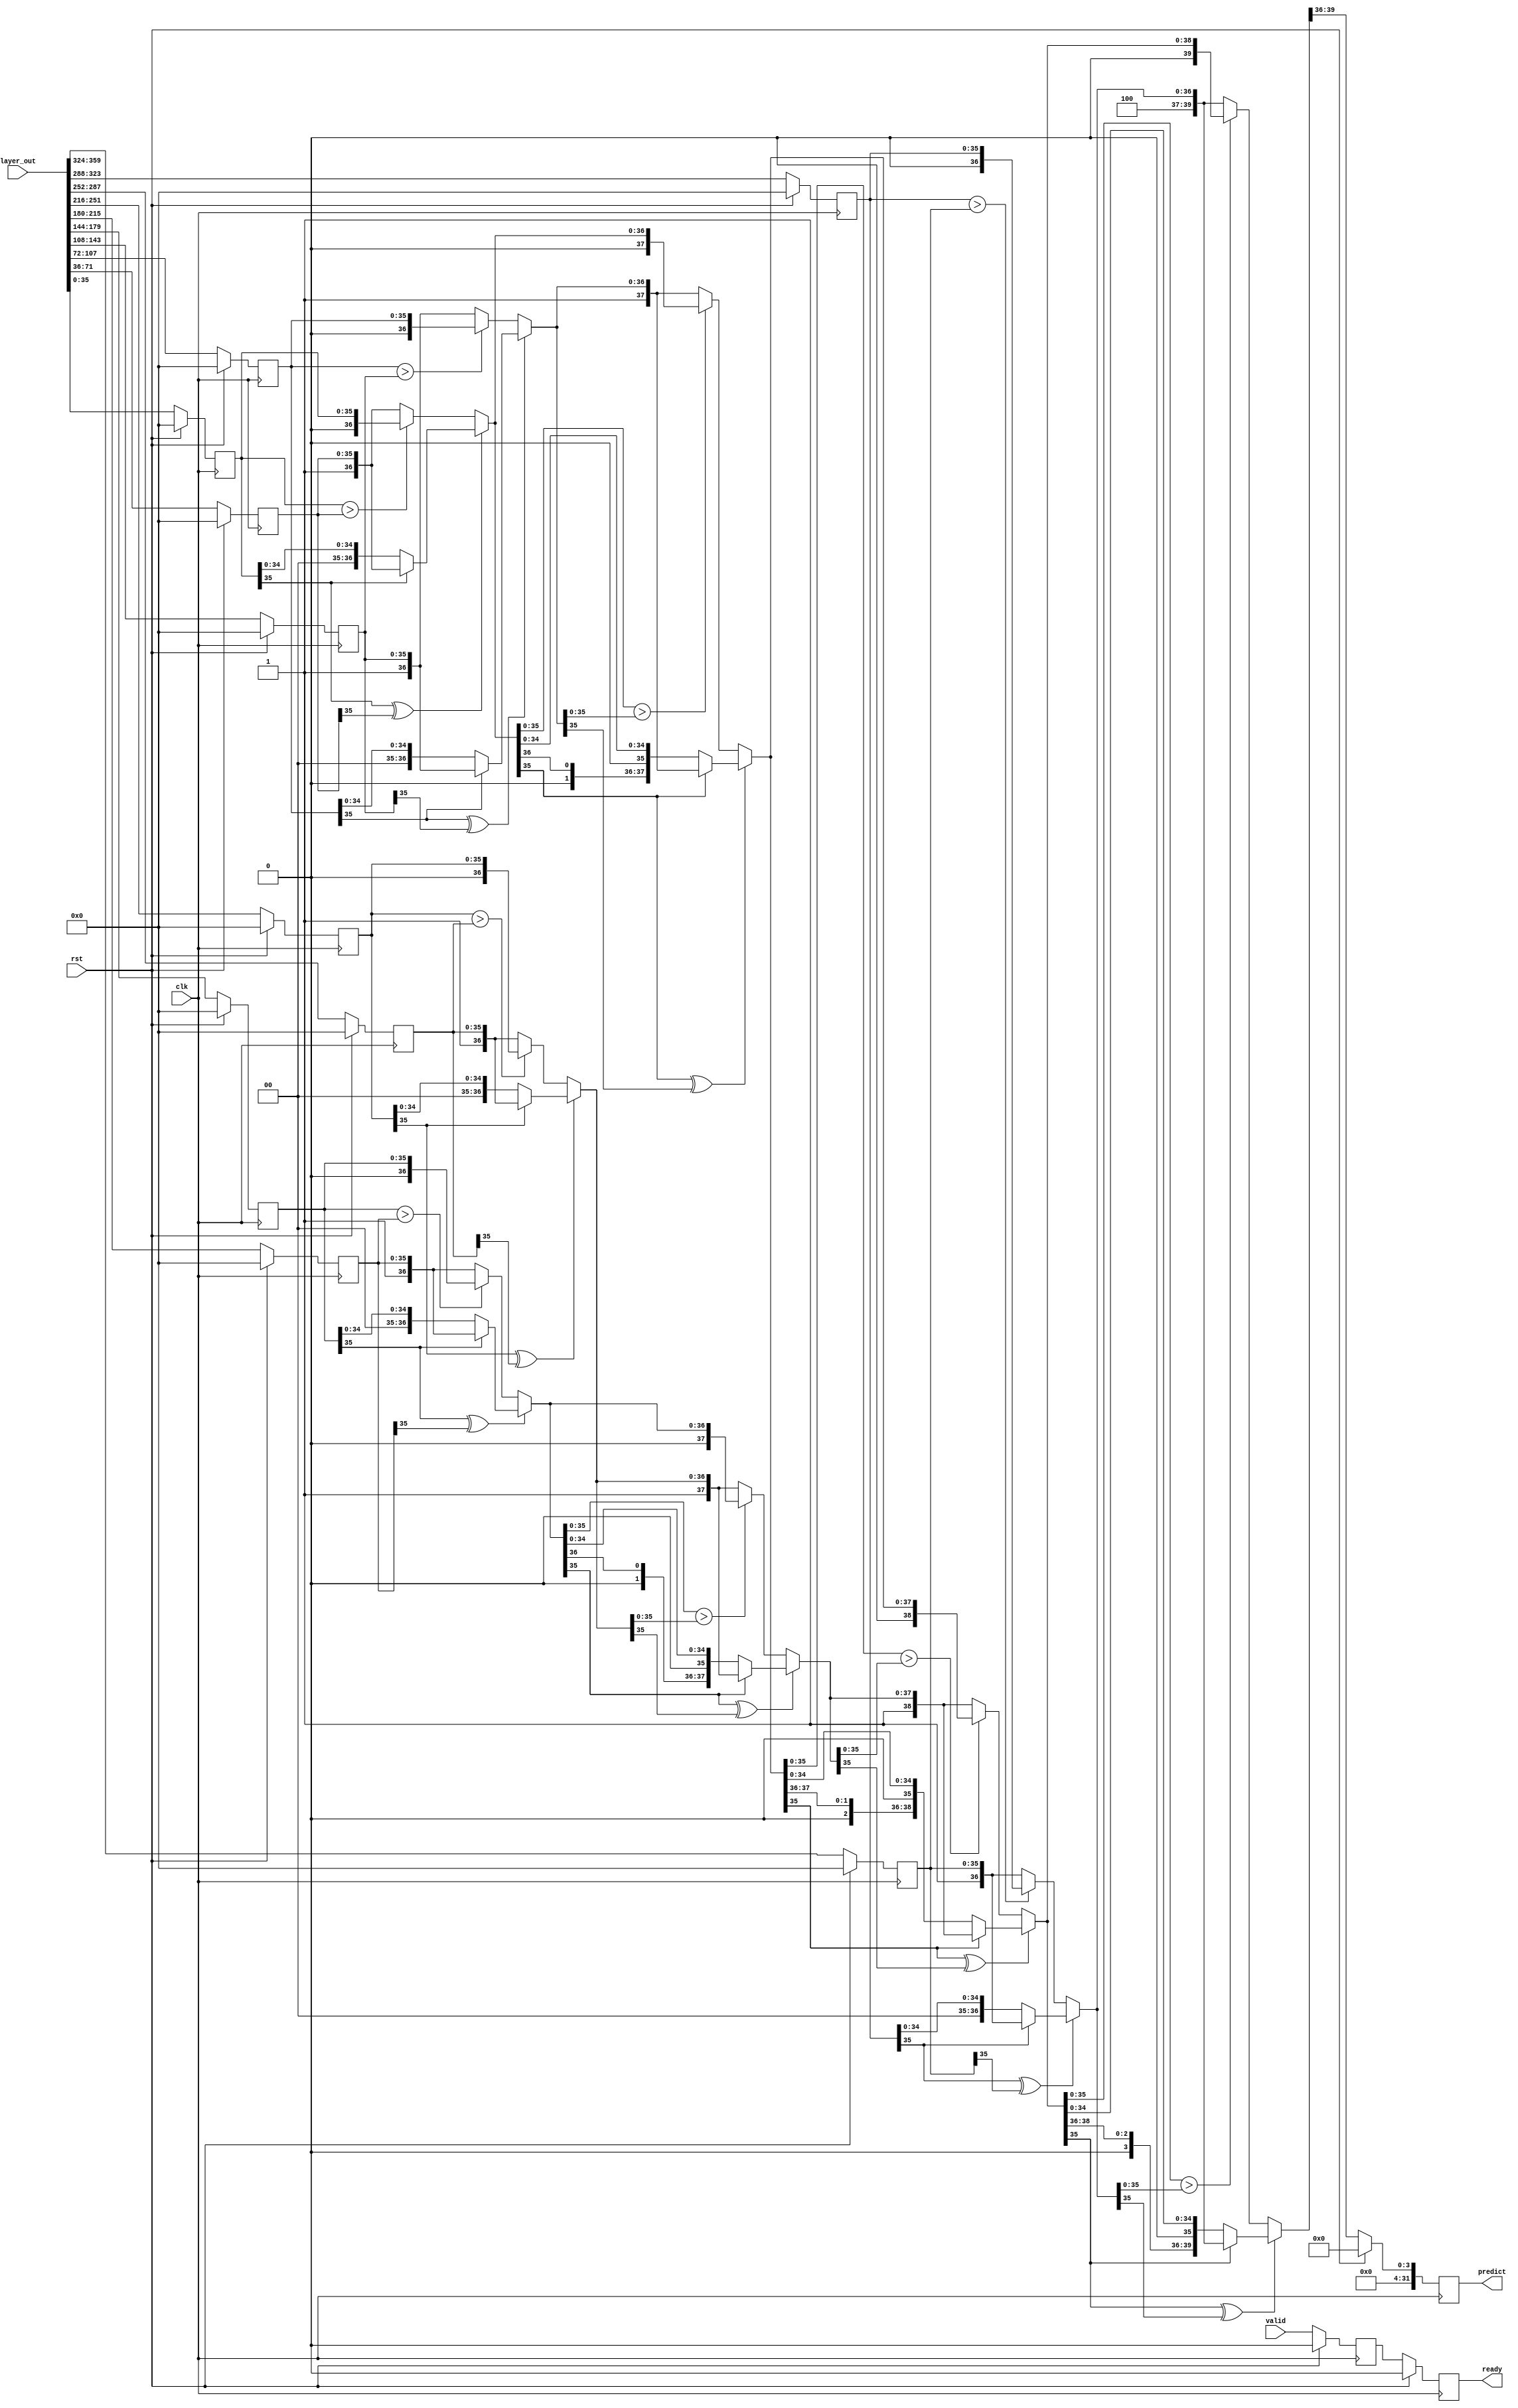
module comparator
(
input [36*10-1:0] layer_out,
input rst,
input clk,
input valid,
output  reg ready,
output reg [31:0] predict
);
parameter DATA_WIDTH=36;
reg [DATA_WIDTH-1: 0] result [0:9];
wire [4+DATA_WIDTH-1:0] com_re01,com_re23,com_re45,com_re67,com_re89;
reg ready_temp;
always@(posedge clk)
    begin
        if(rst)
            begin
                ready<=1'b0;
                ready_temp<=1'b0;
            end
        else
            begin
                ready_temp<=valid;
                ready<=ready_temp;
            end
    end
 
assign com_re01=(result[0][DATA_WIDTH-1]^result[1][DATA_WIDTH-1]) ? 
                                                        ((result[0][DATA_WIDTH-1]==1'b0)   ?   {4'd0,result[0]}:{4'd1,result[1]}):
                                                        ((result[0]>result[1]) ? {4'd0,result[0]}:{4'd1,result[1]});
assign com_re23=(result[2][DATA_WIDTH-1]^result[3][DATA_WIDTH-1]) ? 
                                                        ((result[2][DATA_WIDTH-1]==1'b0)   ?   {4'd2,result[2]}:{4'd3,result[3]}):
                                                        ((result[2]>result[3]) ? {4'd2,result[2]}:{4'd3,result[3]});
assign com_re45=(result[4][DATA_WIDTH-1]^result[5][DATA_WIDTH-1]) ? 
                                                        ((result[4][DATA_WIDTH-1]==1'b0)   ?   {4'd4,result[4]}:{4'd5,result[5]}):
                                                        ((result[4]>result[5]) ? {4'd4,result[4]}:{4'd5,result[5]});

assign com_re67=(result[6][DATA_WIDTH-1]^result[7][DATA_WIDTH-1]) ? 
                                                        ((result[6][DATA_WIDTH-1]==1'b0)   ?   {4'd6,result[6]}:{4'd7,result[7]}):
                                                        ((result[6]>result[7]) ? {4'd6,result[6]}:{4'd7,result[7]});
assign com_re89=(result[8][DATA_WIDTH-1]^result[9][DATA_WIDTH-1]) ? 
                                                        ((result[8][DATA_WIDTH-1]==1'b0)   ?   {4'd8,result[8]}:{4'd9,result[9]}):
                                                        ((result[8]>result[9]) ? {4'd8,result[8]}:{4'd9,result[9]});
wire [4+DATA_WIDTH-1:0] com_re01_23,com_re45_67,com_re0123_4567,com_re01234567_89;
assign com_re01_23=(com_re01[DATA_WIDTH-1]^com_re23[DATA_WIDTH-1])   ?
                                                        ((com_re01[DATA_WIDTH-1]==1'b0)  ?   com_re01:com_re23):
                                                        ((com_re01[DATA_WIDTH-1:0]>com_re23[DATA_WIDTH-1:0]) ?   com_re01:com_re23);
assign com_re45_67=(com_re45[DATA_WIDTH-1]^com_re67[DATA_WIDTH-1])   ?
                                                        ((com_re45[DATA_WIDTH-1]==1'b0)  ?   com_re45:com_re67):
                                                        ((com_re45[DATA_WIDTH-1:0]>com_re67[DATA_WIDTH-1:0]) ?   com_re45:com_re67);
assign com_re0123_4567=(com_re01_23[DATA_WIDTH-1]^com_re45_67[DATA_WIDTH-1])   ?
                                                        ((com_re01_23[DATA_WIDTH-1]==1'b0)  ?   com_re01_23:com_re45_67):
                                                        ((com_re01_23[DATA_WIDTH-1:0]>com_re45_67[DATA_WIDTH-1:0]) ?   com_re01_23:com_re45_67);
assign com_re01234567_89=(com_re0123_4567[DATA_WIDTH-1]^com_re89[DATA_WIDTH-1])   ?
                                                        ((com_re0123_4567[DATA_WIDTH-1]==1'b0)  ?   com_re0123_4567:com_re89):
                                                        ((com_re0123_4567[DATA_WIDTH-1:0]>com_re89[DATA_WIDTH-1:0]) ?   com_re0123_4567:com_re89);
genvar i;
    generate
    for(i=0;i<10;i=i+1)
        begin:init_block
            always@(posedge clk )
            begin
                if(rst)
                    begin
                        result[i]<={DATA_WIDTH{1'b0}};
                end
                else
                    begin
                   result[i]<=layer_out[DATA_WIDTH-1+DATA_WIDTH*i:0+DATA_WIDTH*i];
                    end
            end//end always
        end//end for
    endgenerate
    
    always@(posedge clk)
        begin
            if(rst)
                begin
                    predict<=0;
                end
            else
                begin
                    predict <={{(32-4){1'b0}},com_re01234567_89[4+DATA_WIDTH-1:4+DATA_WIDTH-1-3]};
                end
        end
    
    
    endmodule